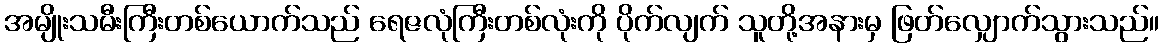
အမျိုးသမီးကြီးတစ်ယောက်သည် ရေဇလုံကြီးတစ်လုံးကို ပိုက်လျက် သူတို့အနားမှ ဖြတ်လျှောက်သွားသည်။